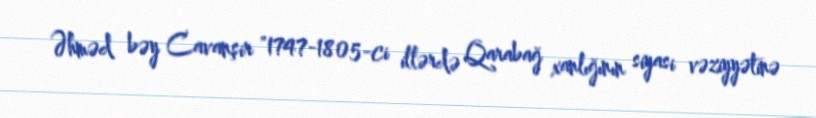
Əhməd bəy Cavanşir "1747-1805-ci illərdə Qarabağ xanlığının siyasi vəziyyətinə